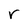
Character: r